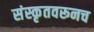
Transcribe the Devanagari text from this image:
संस्कृतवरूनच